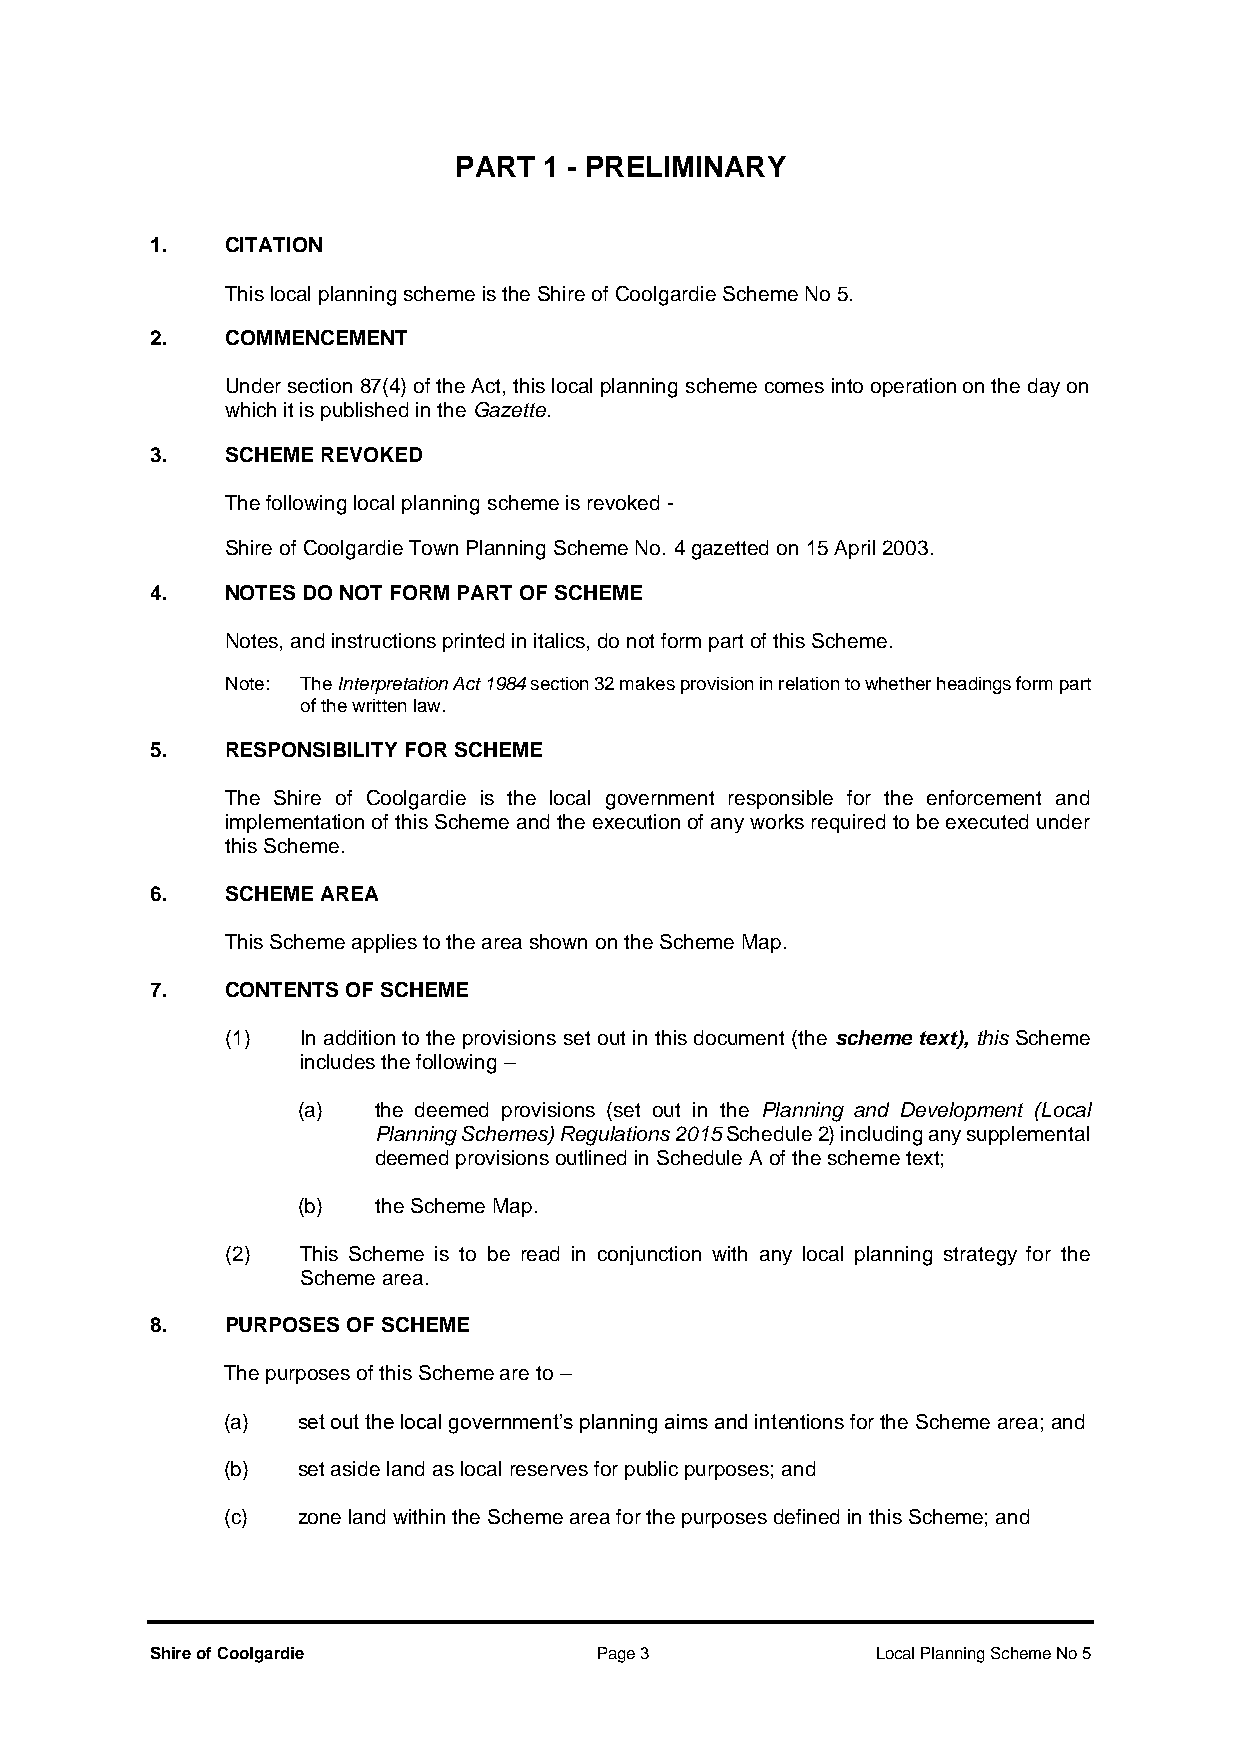
PART  1 - PRELIMINARY
 1.   CITATION
 This local planning scheme is the Shire of Coolgardie Scheme No 5.
 2.   COMMENCEMENT
 Under section 87(4) of the Act, this local planning scheme comes into operation on the day on
 which it is published in the Gazette.
 3.   SCHEME REVOKED
 The following local planning scheme is revoked -
 Shire of Coolgardie Town Planning Scheme No. 4 gazetted on 15 April 2003.
 4.   NOTES DO NOT FORM PART OF SCHEME
 Notes, and instructions printed in italics, do not form part of this Scheme.
 Note: The Interpretation Act 1984 section 32 makes provision in relation to whether headings form part
 of the written law.
 5.   RESPONSIBILITY FOR SCHEME
 The Shire of Coolgardie is the local government responsible for the enforcement and
 implementation of this Scheme and the execution of any works required to be executed under
 this Scheme.
 6.   SCHEME AREA
 This Scheme applies to the area shown on the Scheme Map.
 7.   CONTENTS OF SCHEME
 (1)  In addition to the provisions set out in this document (the scheme text), this Scheme
 includes the following –
 (a)  the deemed provisions (set out in the Planning and Development (Local
 Planning Schemes) Regulations 2015 Schedule 2) including any supplemental
 deemed provisions outlined in Schedule A of the scheme text;
 (b)  the Scheme Map.
 (2)  This Scheme is to be read in conjunction with any local planning strategy for the
 Scheme area.
 8.   PURPOSES OF SCHEME
 The purposes of this Scheme are to –
 (a)  set out the local government’s planning aims and intentions for the Scheme area; and
 (b)  set aside land as local reserves for public purposes; and
 (c)  zone land within the Scheme area for the purposes defined in this Scheme; and
 Shire of Coolgardie          Page 3             Local Planning Scheme No 5